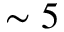
\sim 5